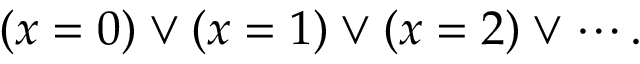
( x = 0 ) \lor ( x = 1 ) \lor ( x = 2 ) \lor \cdots .